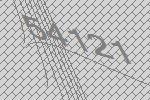
54121